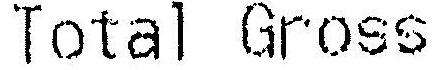
TOTAL GROSS